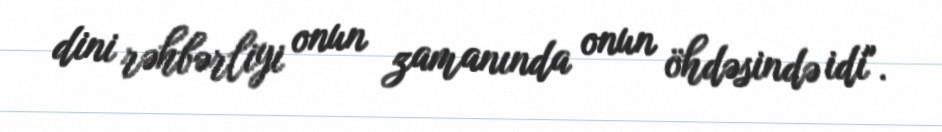
dini rəhbərliyi onun zamanında onun öhdəsində idi".